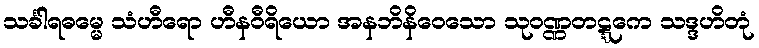
သင်္ခါရဓမ္မေ သံဟီရော ဟီနဝီရိယော အနဘိနိဝေသော သုဝဏ္ဏတဋ္ဋကေ သဒ္ဒဟိတုံ